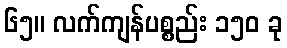
၆၅။ လက်ကျန်ပစ္စည်း ၁၅၀ ခု